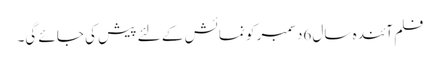
فلم آئندہ سال 6دسمبر کو نمائش کے لئے پیش کی جائے گی۔